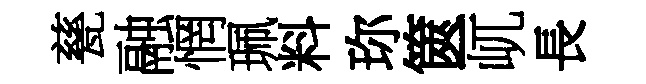
甆融惘珮料珎篋屼長